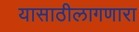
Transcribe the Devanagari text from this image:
यासाठीलागणारा